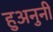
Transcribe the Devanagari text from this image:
हुअनुनी